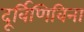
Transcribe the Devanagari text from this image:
दूर्बिणिविना